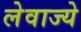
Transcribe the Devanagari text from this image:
लेवाज्ये